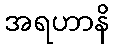
အရဟာနိ